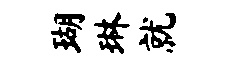
瑚琳就